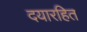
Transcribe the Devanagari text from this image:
दयारहित